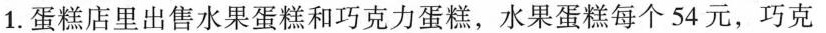
1.蛋糕店里出售水果蛋糕和巧克力蛋糕，水果蛋糕每个54元，巧克